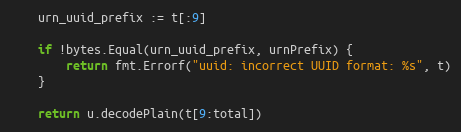
Language: Go
	urn_uuid_prefix := t[:9]

	if !bytes.Equal(urn_uuid_prefix, urnPrefix) {
		return fmt.Errorf("uuid: incorrect UUID format: %s", t)
	}

	return u.decodePlain(t[9:total])